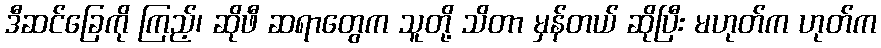
ဒီဆင်ခြေကို ကြည့်၊ ဆိုဖီ ဆရာတွေက သူတို့ သိတာ မှန်တယ် ဆိုပြီး မဟုတ်က ဟုတ်က